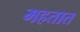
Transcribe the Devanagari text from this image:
महतात